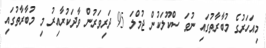
މިއަހަރުގެ މުބާރާތުގައި ނުވަ ސްކޫލަކުން ޖުމްލަ 95 ދަރިވަރުން ވާދަކުރާއިރު މި މުބާރާތުގައި